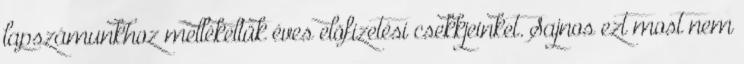
lapszámunkhoz mellékeltük éves elõfizetési csekkjeinket. Sajnos ezt most nem